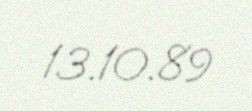
13.10.89